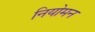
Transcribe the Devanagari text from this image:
नियोमन